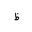
Letter: _za